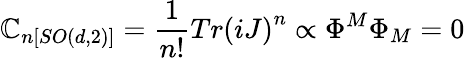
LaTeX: \mathbb{C}_{n[SO(d,2)]}=\frac{{1}}{{n!}}Tr\left(iJ\right)^{n}\propto\Phi^{M}\Phi_{M}=0